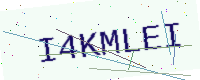
Text: I4KMLEI